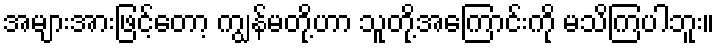
အများအားဖြင့်တော့ ကျွန်မတို့ဟာ သူတို့အကြောင်းကို မသိကြပါဘူး။